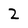
Character: 2